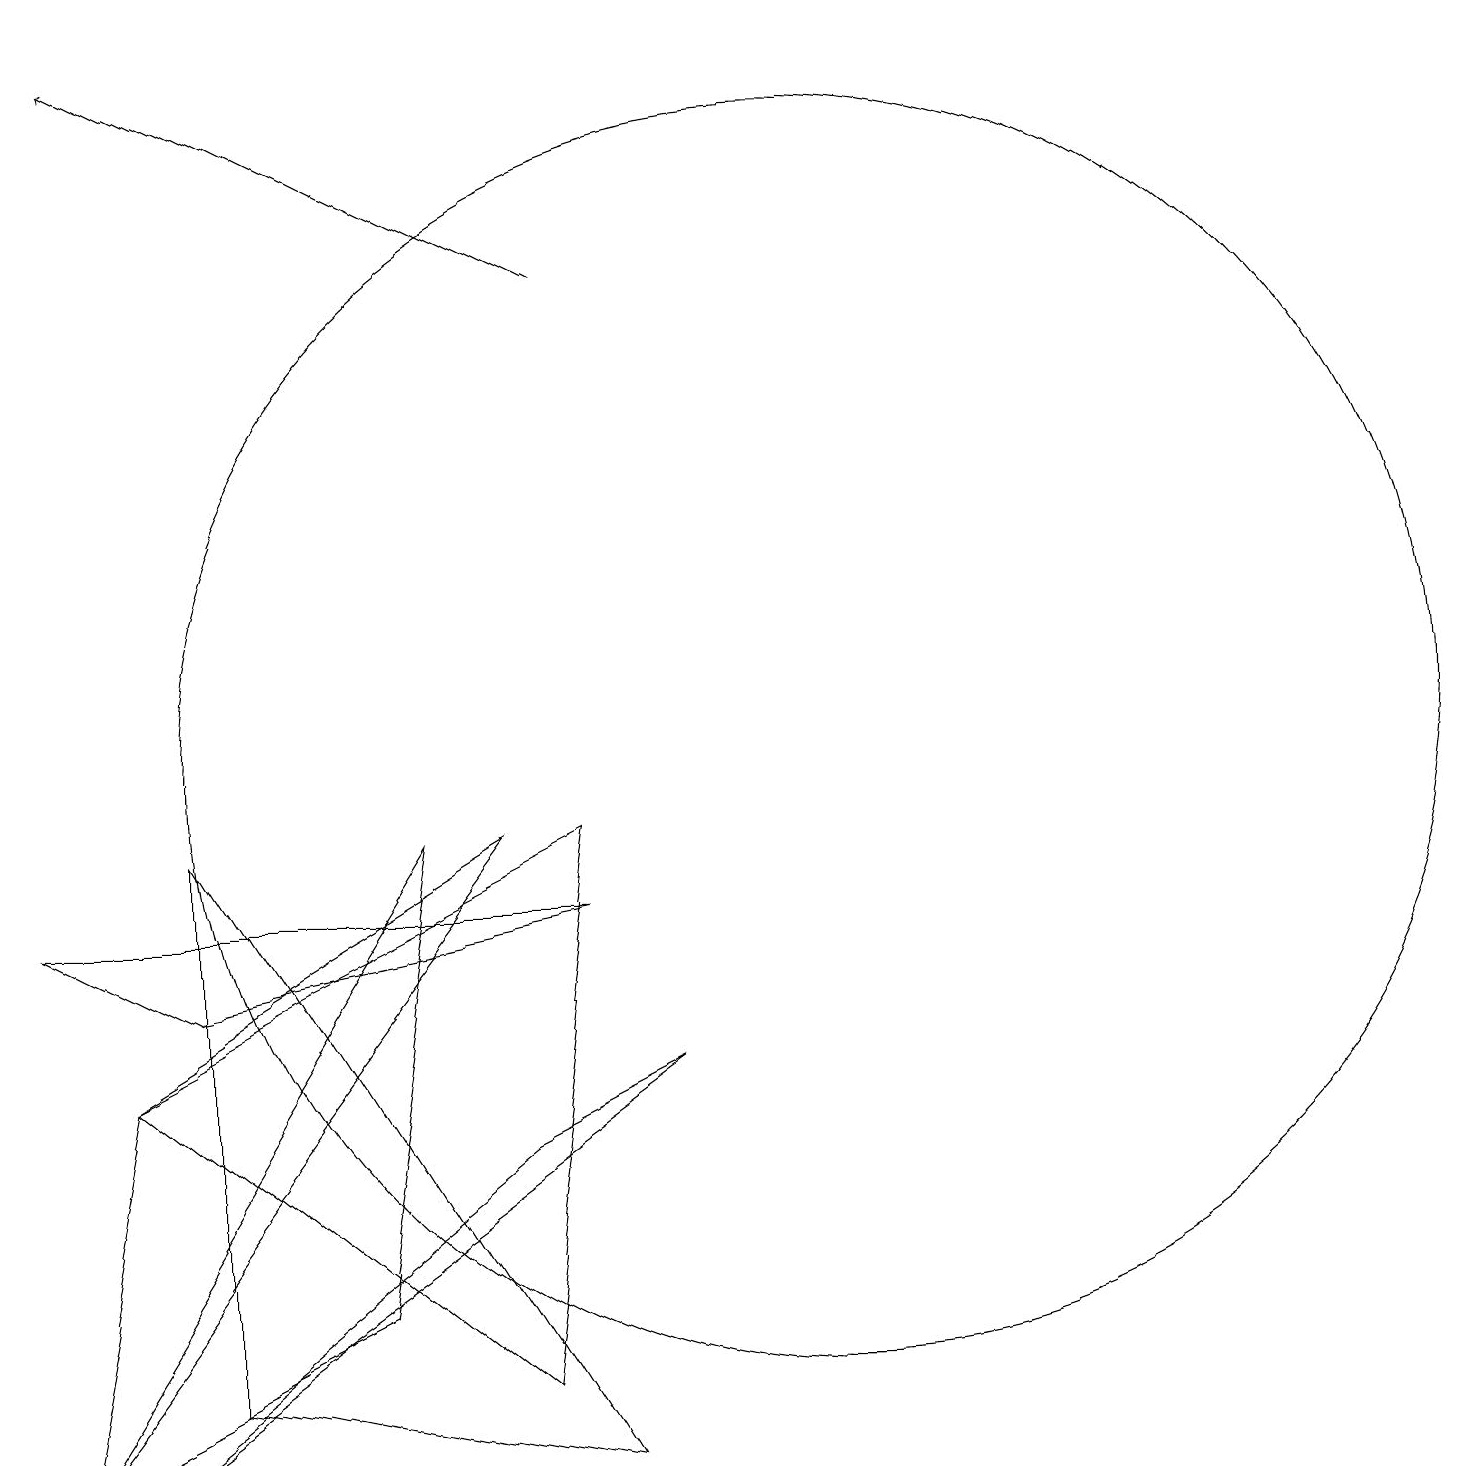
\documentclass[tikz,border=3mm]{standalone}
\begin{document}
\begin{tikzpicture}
\draw (6,9) -- (0,1) -- (1,6) -- cycle;
\draw (10,10) circle (8);
\draw (0,8) -- (2,7) -- (7,8) -- cycle;
\draw (2,2) -- (7,1) -- (2,9) -- cycle;
\draw (0,1) -- (4,3) -- (5,9) -- cycle;
\draw (8,6) -- (6,5) -- (1,1) -- cycle;
\draw (1,6) -- (7,9) -- (6,2) -- cycle;
\draw[->] (7,16) -- (1,19);
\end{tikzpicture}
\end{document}